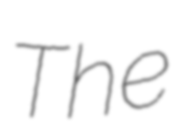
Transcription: The